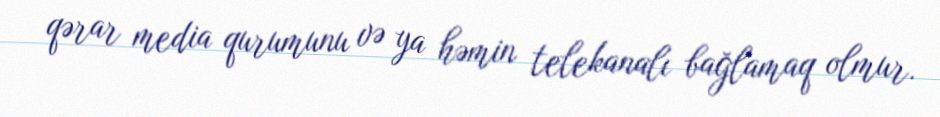
qərar media qurumunu və ya həmin telekanalı bağlamaq olmur.